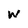
Character: W